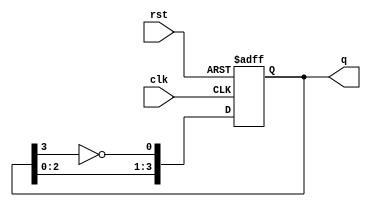
module johnson_counter(
    input wire clk,       // Clock input
    input wire rst,       // Asynchronous reset
    output reg [3:0] q    // 4-bit output
);

// Always block triggered on the rising edge of the clock or when reset is asserted
always @(posedge clk or posedge rst) begin
    if (rst) begin
        // Asynchronous reset: set all bits to 0
        q <= 4'b0000;
    end else begin
        // Johnson counter state transition
        q[0] <= ~q[3];     // D0 is the inverted output of Q3
        q[1] <= q[0];      // D1 takes the value of Q0
        q[2] <= q[1];      // D2 takes the value of Q1
        q[3] <= q[2];      // D3 takes the value of Q2
    end
end

endmodule